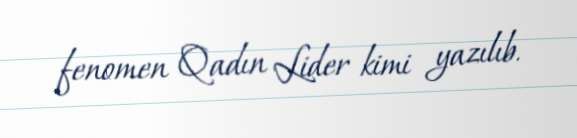
fenomen Qadın Lider kimi yazılıb.